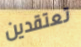
تعتقدين